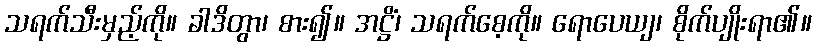
သရက်သီးမှည့်ကို။ ခါဒိတွာ၊ စား၍။ အဋ္ဌိံ၊ သရက်စေ့ကို။ ရောပေယျ၊ စိုက်ပျိုးရာ၏။